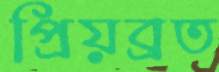
প্রিয়ব্রত